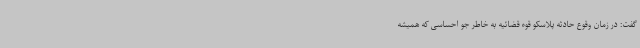
گفت: در زمان وقوع حادثه پلاسکو قوه قضائیه به خاطر جو احساسی که همیشه